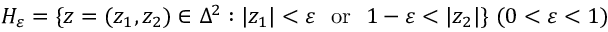
H _ { \varepsilon } = \{ z = ( z _ { 1 } , z _ { 2 } ) \in \Delta ^ { 2 } : | z _ { 1 } | < \varepsilon \ { \mathrm { ~ o r ~ } } \ 1 - \varepsilon < | z _ { 2 } | \} \ ( 0 < \varepsilon < 1 )